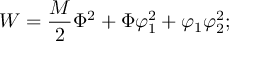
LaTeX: W = \frac { M } { 2 } \Phi ^ { 2 } + \Phi \varphi _ { 1 } ^ { 2 } + \varphi _ { 1 } \varphi _ { 2 } ^ { 2 } ;